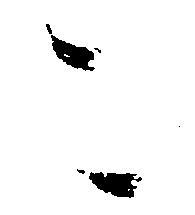
こ